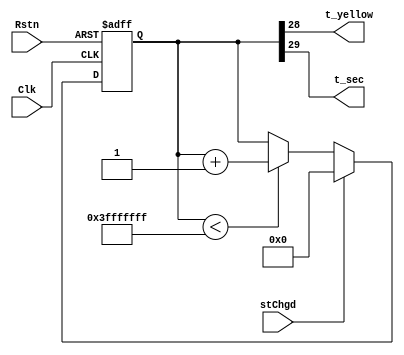
module Timer(Rstn,Clk, stChgd, t_yellow,t_sec);

output wire t_yellow, t_sec;
input stChgd, Rstn,Clk;

reg [29:0] Q;

always @ (negedge Rstn, posedge Clk)
begin
	if (!Rstn )					//aclr
		Q <= 30'b0;
	else if (stChgd == 1'b1)
		Q <= 30'b0;
	else if ( Q < 30'h3FFFFFFF)
		Q <= Q + 1'b1;
	else
		Q<=Q;
end
		//up counter for n amount of values
//assign t_yellow = Q[2];	for QSIM sims only
//assign t_sec = Q[3];

assign t_yellow = Q[28];
assign t_sec = Q[29];

endmodule